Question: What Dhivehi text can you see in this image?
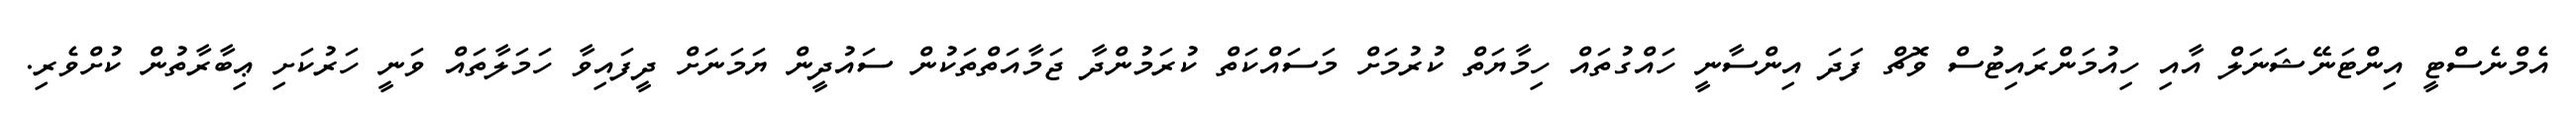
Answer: އެމްނެސްޓީ އިންޓަނޭޝަނަލް އާއި ހިއުމަންރައިޓުސް ވޮޗް ފަދަ އިންސާނީ ހައްގުތައް ހިމާޔަތް ކުރުމަށް މަސައްކަތް ކުރަމުންދާ ޖަމާއަތްތަކުން ސައުދީން ޔަމަނަށް ދީފައިވާ ހަމަލާތައް ވަނީ ހަރުކަށި ޢިބާރާތުން ކުށްވެރި.